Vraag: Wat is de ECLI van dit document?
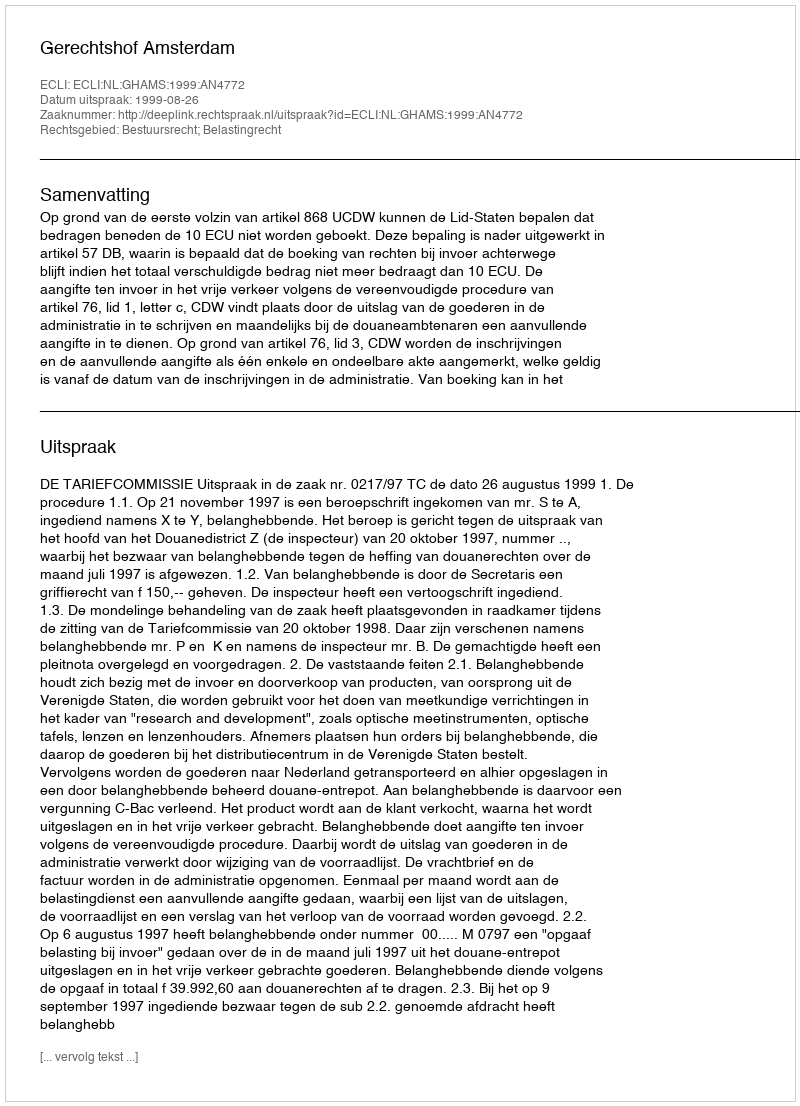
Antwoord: ECLI:NL:GHAMS:1999:AN4772